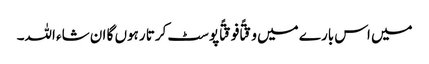
میں اس بارے میں وقتًا فوقتًا پوسٹ کرتا رہوں گا ان شاء اللہ۔